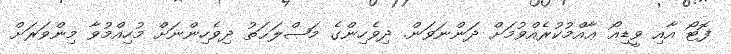
ފޮޓޯ އާއި ވީޑިއޯ ޢާއްމުކުރެެއްވުމަށް ދަންނަވަން. ދިވެހިންގެ މަޞްލަޙަތު ދިވެހިންނަށް މުހިއްމުވާ މިންވަރަށް